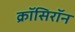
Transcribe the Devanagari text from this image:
क्रॉसिरॉन